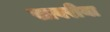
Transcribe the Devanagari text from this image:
सावरीया